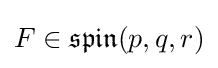
F\in {\mathfrak {spin}}(p,q,r)